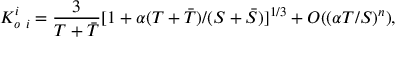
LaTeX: K _ { o \ i } ^ { i } = { \frac { 3 } { T + \bar { T } } } [ 1 + \alpha ( T + \bar { T } ) / ( S + \bar { S } ) ] ^ { 1 / 3 } + O ( ( \alpha T / S ) ^ { n } ) ,